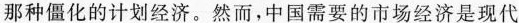
那种僵化的计划经济。然而，中国需要的市场经济是现代